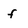
Character: f